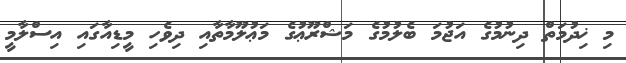
މި ޚިދުމަތް ދިނުމުގެ އަޖުމަ ބެލުމުގެ މަޝްރޫޢުގެ މަޢުލޫމާތާއި ދިވެހި މީޑިއާގައި އިސްލާމީ